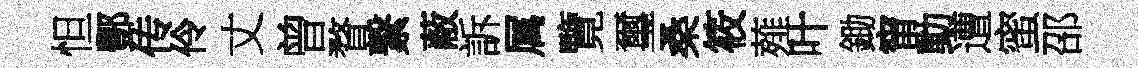
怛酆传伶丈曾瞀繋蔽訴属覽璽桑筱薤叶鋤甯動遭蜜邵